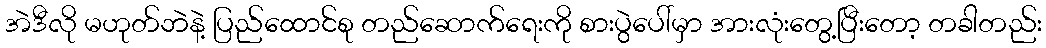
အဲဒီလို မဟုတ်ဘဲနဲ့ ပြည်ထောင်စု တည်ဆောက်ရေးကို စားပွဲပေါ်မှာ အားလုံးတွေ့ပြီးတော့ တခါတည်း